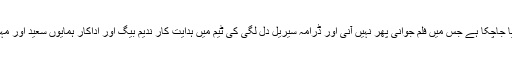
اس شو کا پہلا پروگرام ۲۶ مارچ کو پیش کیا جاچکا ہے جس میں فلم جوانی پھر نہیں آنی اور ڈرامہ سیریل دل لگی کی ٹیم میں ہدایت کار ندیم بیگ اور اداکار ہمایوں سعید اور مہوش حیات کو بطور مہمان مدعو کیا گیا تھا۔